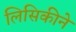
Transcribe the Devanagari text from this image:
लिसिकीने